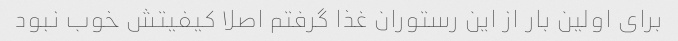
برای اولین بار از این رستوران غذا گرفتم اصلا کیفیتش خوب نبود